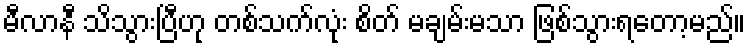
မီလာနီ သိသွားပြီဟု တစ်သက်လုံး စိတ် မချမ်းမသာ ဖြစ်သွားရတော့မည်။